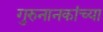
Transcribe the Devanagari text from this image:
गुरुनानकांच्या